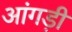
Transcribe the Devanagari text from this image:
आंगड़ी